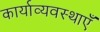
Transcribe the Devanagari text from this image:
कार्याव्यवस्थाएँ